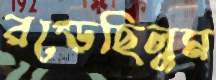
রগ্‌ড়েছিলুম